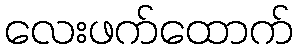
လေးဖက်ထောက်